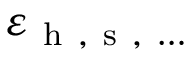
\varepsilon _ { \mathrm { ~ h ~ , ~ s ~ , ~ \ldots ~ } }